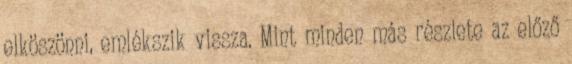
elköszönni, emlékszik vissza. Mint minden más részlete az előző